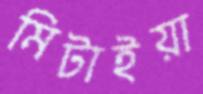
মিটাইয়া